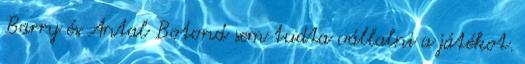
Barry és Antal Botond sem tudta vállalni a játékot.